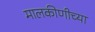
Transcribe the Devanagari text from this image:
मालकीणीच्या